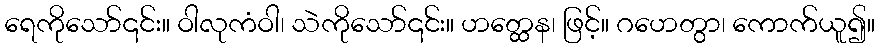
ရေကိုသော်၎င်း။ ဝါလုကံဝါ၊ သဲကိုသော်၎င်း။ ဟတ္ထေန၊ ဖြင့်။ ဂဟေတွာ၊ ကောက်ယူ၍။